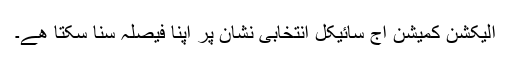
الیکشن کمیشن آج سائیکل انتخابی نشان پر اپنا فیصلہ سنا سکتا هے۔